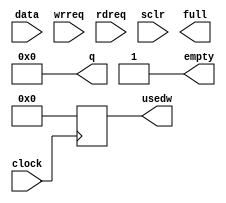
module fifo_1clk(data, wrreq, rdreq, clock, sclr, q,
		 full, empty, usedw);

   parameter width = 32;
   parameter depth = 4096;
   //`define rd_req 0;  // Set this to 0 for rd_ack, 1 for rd_req
      
   input [31:0]  data;
   input 	 wrreq;
   input 	 rdreq;
   input 	 clock;
   input 	 sclr;
   output [31:0] q;
   output 	 full;
   output 	 empty;
   output [11:0] usedw;
   
   reg [width-1:0] mem [0:depth-1];
   reg [7:0] 	   rdptr;
   reg [7:0] 	   wrptr;
   
`ifdef rd_req
   reg [width-1:0] q;
`else
   wire [width-1:0] q;
`endif
   
   reg [11:0] 	  usedw;
   
   integer 	    i;
   
   always @( sclr)
     begin
	wrptr <= #1 0;
	rdptr <= #1 0;
	for(i=0;i<depth;i=i+1)
	  mem[i] <= #1 0;
     end
   
   always @(posedge clock)
     if(wrreq)
       begin
	  wrptr <= #1 wrptr+1;
	  mem[wrptr] <= #1 data;
       end
   
   always @(posedge clock)
     if(rdreq)
       begin
   	  rdptr <= #1 rdptr+1;
`ifdef rd_req
	  q <= #1 mem[rdptr];
`endif
       end
   
`ifdef rd_req
`else
   assign q = mem[rdptr];
`endif
   
   always @(posedge clock)
     usedw <= #1 wrptr - rdptr;
   
   assign empty = (wrptr == rdptr);
endmodule